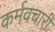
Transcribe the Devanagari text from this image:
कर्मवचारी